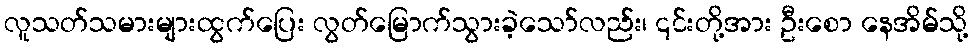
လူသတ်သမားများထွက်ပြေး လွတ်မြောက်သွားခဲ့သော်လည်း၊ ၎င်းတို့အား ဦးစော နေအိမ်သို့